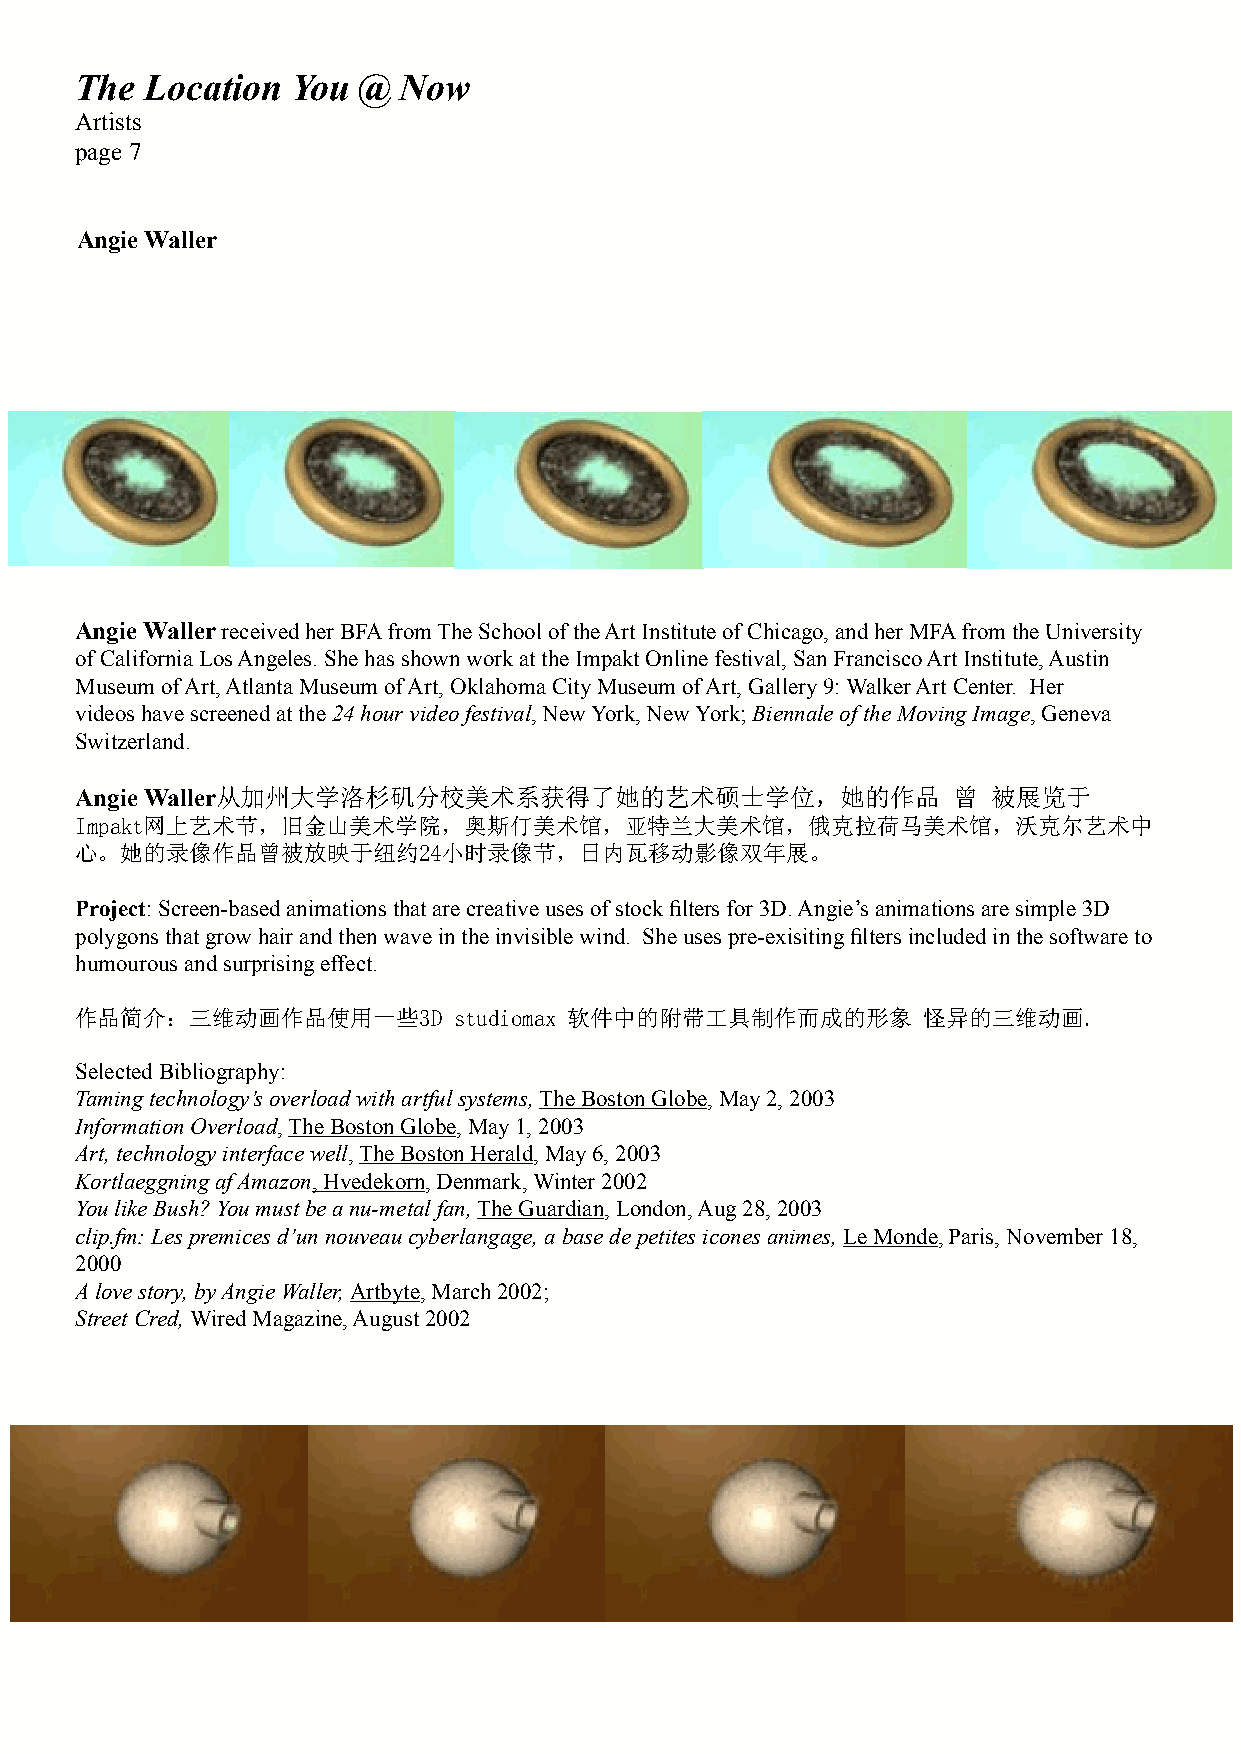
The  Location You  @ Now
 Artists
 page 7
 Angie Waller
 Angie Waller received her BFA from The School of the Art Institute of Chicago, and her MFA from the University
 of California Los Angeles. She has shown work at the Impakt Online festival, San Francisco Art Institute, Austin
 Museum of Art, Atlanta Museum of Art, Oklahoma City Museum of Art, Gallery 9: Walker Art Center. Her
 videos have screened at the 24 hour video festival, New York, New York; Biennale of the Moving Image, Geneva
 Switzerland.
 Angie Waller从加州大学洛杉矶分校美术系获得了她的艺术硕士学位，她的作品                 曾  被展览于
 Impakt网上艺术节，旧金山美术学院，奥斯仃美术馆，亚特兰大美术馆，俄克拉荷马美术馆，沃克尔艺术中
 心。她的录像作品曾被放映于纽约24小时录像节，日内瓦移动影像双年展。
 Project: Screen-based animations that are creative uses of stock filters for 3D. Angie’s animations are simple 3D
 polygons that grow hair and then wave in the invisible wind. She uses pre-exisiting filters included in the software to
 humourous and surprising effect.
 作品简介：三维动画作品使用一些3D        studiomax 软件中的附带工具制作而成的形象      怪异的三维动画.
 Selected Bibliography:
 Taming technology’s overload with artful systems, The Boston Globe, May 2, 2003
 Information Overload, The Boston Globe, May 1, 2003
 Art, technology interface well, The Boston Herald, May 6, 2003
 Kortlaeggning af Amazon, Hvedekorn, Denmark, Winter 2002
 You like Bush? You must be a nu-metal fan, The Guardian, London, Aug 28, 2003
 clip.fm: Les premices d’un nouveau cyberlangage, a base de petites icones animes, Le Monde, Paris, November 18,
 2000
 A love story, by Angie Waller, Artbyte, March 2002;
 Street Cred, Wired Magazine, August 2002